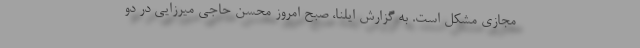
مجازی مشکل است. به گزارش ایلنا، صبح امروز محسن حاجی میرزایی در دو